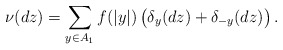
\begin{align*}\nu(dz)=\sum_{y\in A_1} f(|y|)\, \big( \delta_{y}(dz)+\delta_{-y}(dz)\big)\,.\end{align*}